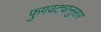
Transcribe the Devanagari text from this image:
फुगवट्यानुसार